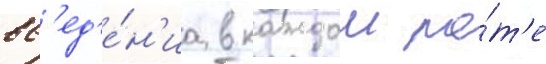
вв'ед'е́н'иа в каждои ро́т'е